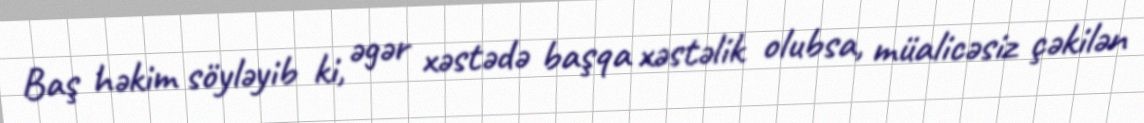
Baş həkim söyləyib ki, əgər xəstədə başqa xəstəlik olubsa, müalicəsiz çəkilən